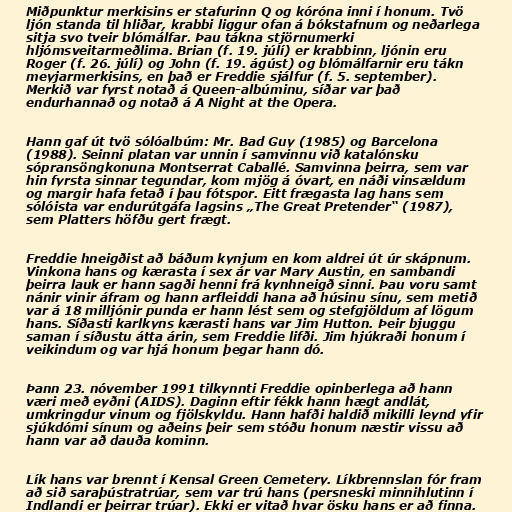
Miðpunktur merkisins er stafurinn Q og kóróna inni í honum. Tvö
ljón standa til hliðar, krabbi liggur ofan á bókstafnum og neðarlega
sitja svo tveir blómálfar. Þau tákna stjörnumerki
hljómsveitarmeðlima. Brian (f. 19. júlí) er krabbinn, ljónin eru
Roger (f. 26. júlí) og John (f. 19. ágúst) og blómálfarnir eru tákn
meyjarmerkisins, en það er Freddie sjálfur (f. 5. september).
Merkið var fyrst notað á Queen-albúminu, síðar var það
endurhannað og notað á A Night at the Opera.

Hann gaf út tvö sólóalbúm: Mr. Bad Guy (1985) og Barcelona
(1988). Seinni platan var unnin í samvinnu við katalónsku
sópransöngkonuna Montserrat Caballé. Samvinna þeirra, sem var
hin fyrsta sinnar tegundar, kom mjög á óvart, en náði vinsældum
og margir hafa fetað í þau fótspor. Eitt frægasta lag hans sem
sólóista var endurútgáfa lagsins „The Great Pretender“ (1987),
sem Platters höfðu gert frægt.

Freddie hneigðist að báðum kynjum en kom aldrei út úr skápnum.
Vinkona hans og kærasta í sex ár var Mary Austin, en sambandi
þeirra lauk er hann sagði henni frá kynhneigð sinni. Þau voru samt
nánir vinir áfram og hann arfleiddi hana að húsinu sínu, sem metið
var á 18 milljónir punda er hann lést sem og stefgjöldum af lögum
hans. Síðasti karlkyns kærasti hans var Jim Hutton. Þeir bjuggu
saman í síðustu átta árin, sem Freddie lifði. Jim hjúkraði honum í
veikindum og var hjá honum þegar hann dó.

Þann 23. nóvember 1991 tilkynnti Freddie opinberlega að hann
væri með eyðni (AIDS). Daginn eftir fékk hann hægt andlát,
umkringdur vinum og fjölskyldu. Hann hafði haldið mikilli leynd yfir
sjúkdómi sínum og aðeins þeir sem stóðu honum næstir vissu að
hann var að dauða kominn.

Lík hans var brennt í Kensal Green Cemetery. Líkbrennslan fór fram
að sið saraþústratrúar, sem var trú hans (persneski minnihlutinn í
Indlandi er þeirrar trúar). Ekki er vitað hvar ösku hans er að finna.